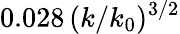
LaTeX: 0.028\, (k/k_{0})^{3/2}